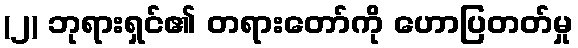
(၂) ဘုရားရှင်၏ တရားတော်ကို ဟောပြတတ်မှု